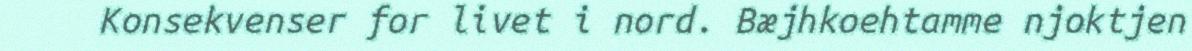
Konsekvenser for livet i nord. Bæjhkoehtamme njoktjen